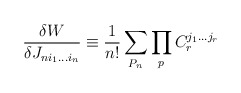
\begin{align*}{\frac{\delta W}{\delta J_{ni_1...i_n}}}\equiv {\frac{1}{n!}}\sum_{P_n}\prod_{p}C_r^{j_1...j_r}\end{align*}